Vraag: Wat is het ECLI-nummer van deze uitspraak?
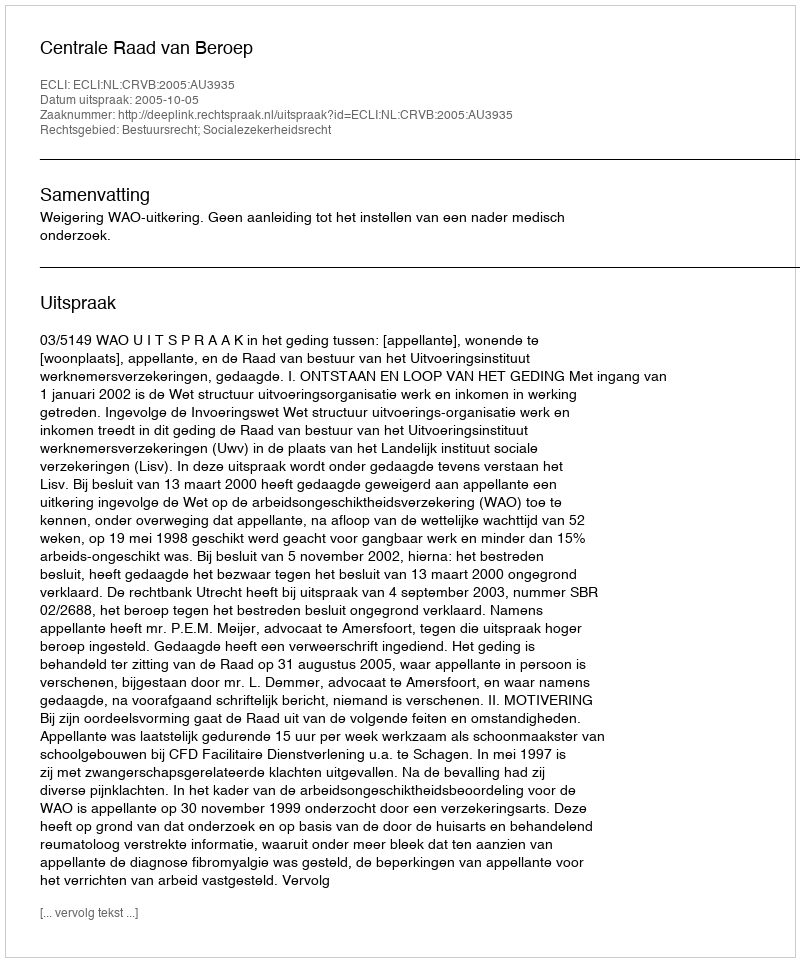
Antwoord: ECLI:NL:CRVB:2005:AU3935